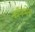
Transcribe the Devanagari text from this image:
कॉफमेन